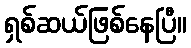
ရှစ်ဆယ်ဖြစ်နေပြီ။